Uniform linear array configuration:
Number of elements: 24
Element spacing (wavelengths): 0.5
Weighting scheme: binomial
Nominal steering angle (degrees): -45
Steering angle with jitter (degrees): -46.699
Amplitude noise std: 0.05
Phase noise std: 0.05

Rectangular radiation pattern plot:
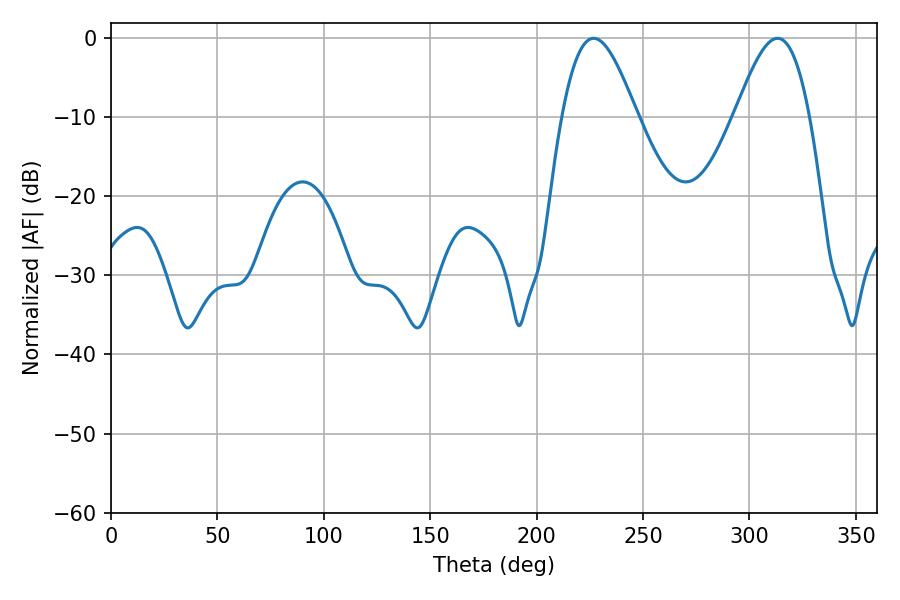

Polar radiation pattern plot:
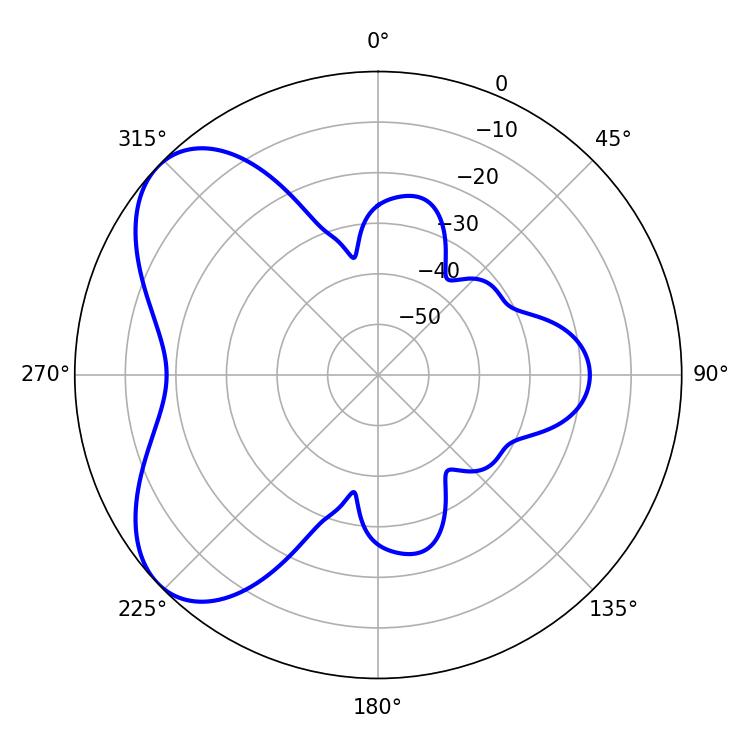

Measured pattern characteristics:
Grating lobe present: FALSE
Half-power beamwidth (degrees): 18.9
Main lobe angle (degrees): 226.8